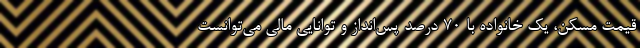
قیمت مسکن، یک خانواده با ۷۰ درصد پس‌انداز و توانایی مالی می‌توانست